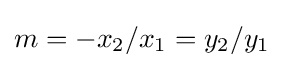
m=-x_{2}/x_{1}=y_{2}/y_{1}\,\!